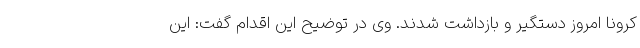
کرونا امروز دستگیر و بازداشت شدند. وی در توضیح این اقدام گفت: این